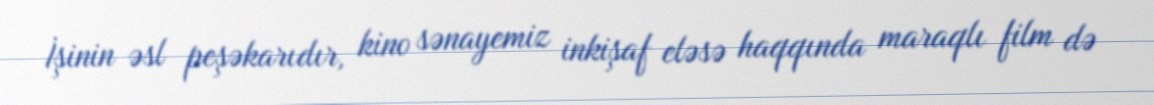
İşinin əsl peşəkarıdır, kino sənayemiz inkişaf eləsə haqqında maraqlı film də